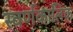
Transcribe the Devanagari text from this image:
स्वर्णकालिक